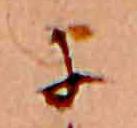
に